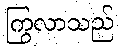
ကြွလာသည်